Medical and sanitary report on the native army of Bombay for the year
Year: 1879
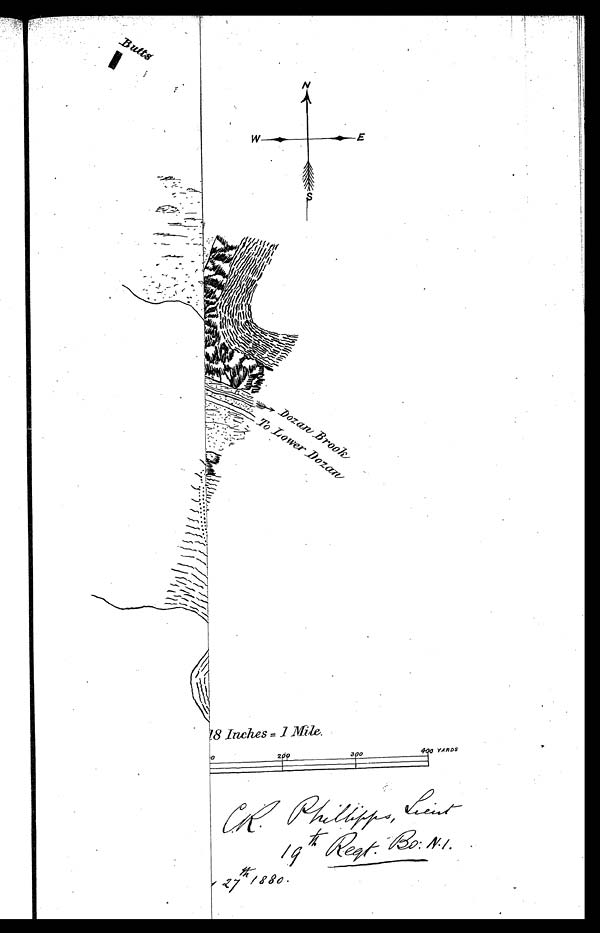
C R . P h i l l i p p s , L i
1 9 t h R e q t . B o : N
2 7 t h 1 8 8 0 .